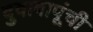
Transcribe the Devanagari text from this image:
बुवाबापूंची